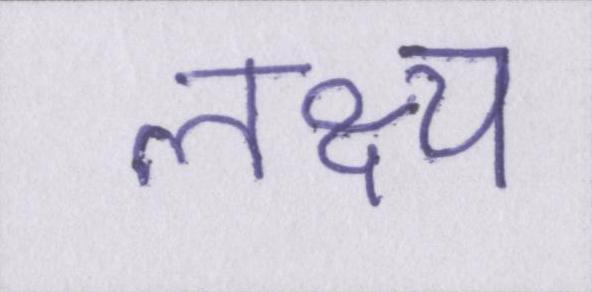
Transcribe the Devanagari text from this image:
लक्ष्य